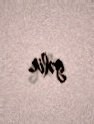
gəlir.